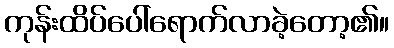
ကုန်းထိပ်ပေါ်ရောက်လာခဲ့တော့၏။